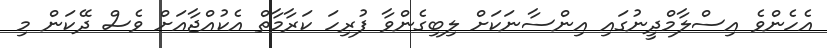
އެހެންވެ އިސްލާމްދީނުގައި އިންސާނަކަށް ލިބިގެންވާ ފުރިހަ ކަރާމާތް އެކުއްޖާއަށް ވެސް ދޭކަން މި